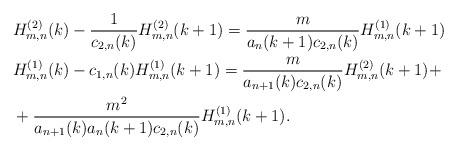
LaTeX: \begin{align*}\begin{aligned}&H_{m,n}^{(2)}(k) - \frac{1}{c_{2,n}(k)}H_{m,n}^{(2)}(k+1) = \frac{m}{a_{n}(k+1)c_{2,n}(k)}H_{m,n}^{(1)}(k+1) \\&H_{m,n}^{(1)}(k) - c_{1,n}(k)H_{m,n}^{(1)}(k+1) = \frac{m}{a_{n+1}(k)c_{2,n}(k)}H_{m,n}^{(2)}(k+1) +\\& + \frac{m^2}{a_{n+1}(k)a_{n}(k+1)c_{2,n}(k)}H_{m,n}^{(1)}(k+1) .\end{aligned}\end{align*}